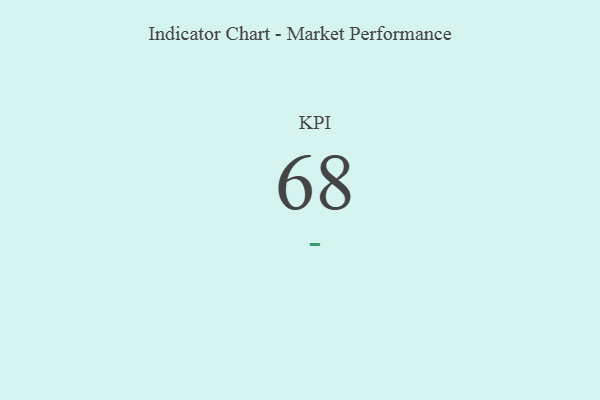
{"axis": {"x": "KPI", "y": "Value"}, "legend": [""], "data": [{"x": "KPI", "y": 68, "type": ""}]}